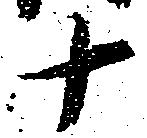
十